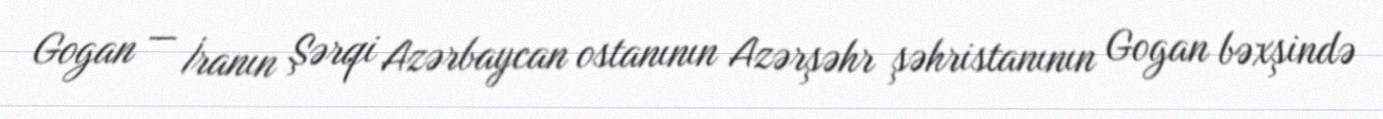
Gogan — İranın Şərqi Azərbaycan ostanının Azərşəhr şəhristanının Gogan bəxşində